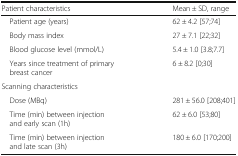
<table><thead><tr><td><b>Patient characteristics</b></td><td><b>Mean ± SD, range</b></td></tr></thead><tbody><tr><td> Patient age (years)</td><td>62 ± 4.2 [57;74]</td></tr><tr><td> Body mass index</td><td>27 ± 7.1 [22;32]</td></tr><tr><td> Blood glucose level (mmol/L)</td><td>5.4 ± 1.0 [3.8;7.7]</td></tr><tr><td> Years since treatment of primary breast cancer</td><td>6 ± 8.2 [0;30]</td></tr><tr><td colspan="2">Scanning characteristics</td></tr><tr><td> Dose (MBq)</td><td>281 ± 56.0 [208;401]</td></tr><tr><td> Time (min) between injection and early scan (1h)</td><td>62 ± 6.0 [53;80]</td></tr><tr><td> Time (min) between injection and late scan (3h)</td><td>180 ± 6.0 [170;200]</td></tr></tbody></table>